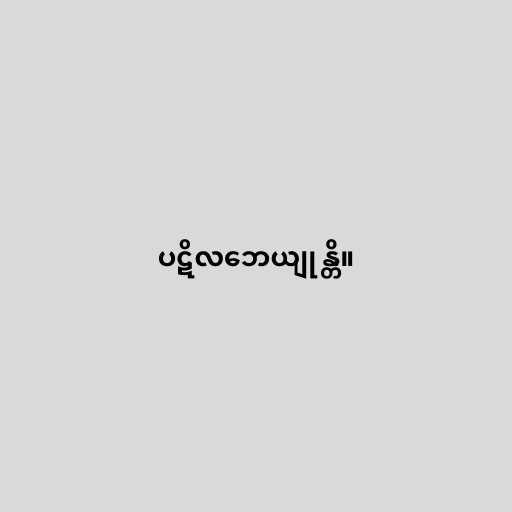
ပဋိလဘေယျုန္တိ။